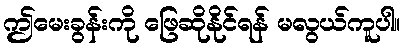
ဤမေးခွန်းကို ဖြေဆိုနိုင်ရန် မလွယ်ကူပါ။